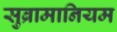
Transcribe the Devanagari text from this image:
सुब्रामानियम